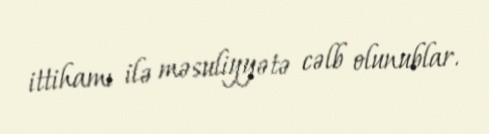
ittihamı ilə məsuliyyətə cəlb olunublar.